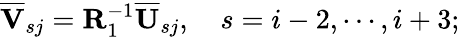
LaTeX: \overline{{\mathbf{V}}}_{sj}=\mathbf{R}_{1}^{-1}\overline{{\mathbf{U}}}_{sj},\quad s=i-2,\cdots,i+3;